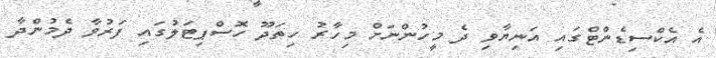
އެ އެކްސިޑެންޓްގައި އަނިޔާވި ދެ މީހުންނަށް މިހާރު ހިތަދޫ ހޮސްޕިޓަލުގައި ފަރުވާ ދެމުންދާ